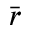
\bar { \boldsymbol { r } }